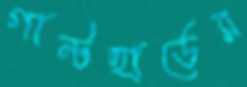
গান্টহার্ডের